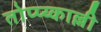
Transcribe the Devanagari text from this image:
तोप्प्य्काल्ली